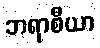
ဘရာစီယာ